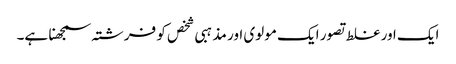
ایک اور غلط تصور ایک مولوی اور مذہبی شخص کو فرشتہ سمجھنا ہے۔